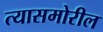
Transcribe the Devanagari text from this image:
त्यासमोरील